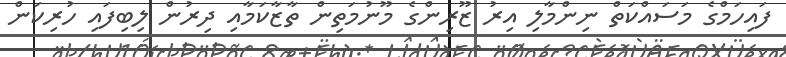
ފައިހަމްގެ މަސައްކަތް ނިންމާލި އިރު ޒޫރިންގެ މޫނުމަތިން ތާޒާކަމާއި ދިރުން ލިބިފައި ހުރިކަން